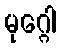
မုဂ္ဂေါ